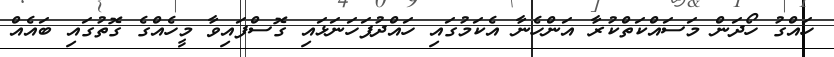
ހައްގު ހޯދަން މަސައްކަތްކުރާ އަންހެނާ އެކަމުގައި ހައްދުފަހަނަޅައި ގޮސްފައިވާ މީހެއްގެ ގޮތުގައި ބައެއް